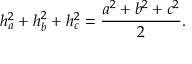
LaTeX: h _ { a } ^ { 2 } + h _ { b } ^ { 2 } + h _ { c } ^ { 2 } = { \frac { a ^ { 2 } + b ^ { 2 } + c ^ { 2 } } { 2 } } .